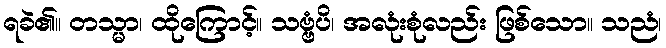
ရခဲ၏။ တသ္မာ၊ ထိုကြောင့်။ သဗ္ဗံပိ၊ အလုံးစုံလည်း ဖြစ်သော။ သညံ၊